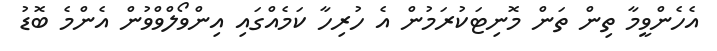
އެހެންވީމާ ތިން ތަން މޮނިޓަކުރަމުން އެ ހުރިހާ ކަމެއްގައި އިންވޯލްވްވުން އެންމެ ބޮޑު